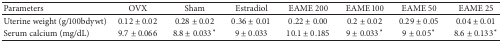
| Parameters | OVX | Sham | Estradiol | EAME 200 | EAME 100 | EAME 50 | EAME 25 |
 | --- | --- | --- | --- | --- | --- | --- | --- |
 | Uterine weight (g/100bdywt) | 0.12 ± 0.02 | 0.28 ± 0.02 | 0.36 ± 0.01 | 0.22 ± 0.00 | 0.2 ± 0.02 | 0.29 ± 0.05 | 0.04 ± 0.01 |
 | Serum calcium (mg/dL) | 9.7 ± 0.066 | 8.8 ± 0.033* | 9 ± 0.033 | 10.1 ± 0.185 | 9 ± 0.033* | 9 ± 0.05* | 8.6 ± 0.133* |